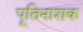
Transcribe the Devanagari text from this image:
पूतिनाशक